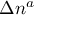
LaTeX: \Delta n ^ { a }